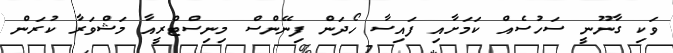
ވަކި ގާނޫނީ ސަހުސެއް ކަމަށާއި ފައިސާ ހޯދަން ފިނޭންސް މިނިސްޓްރީއާ މަޝްވަރާ ކުރަން